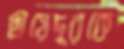
ছায়েদুরকে